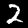
Label: 2